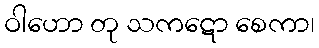
ဝါဟော တု သကဋော စေကာ၊